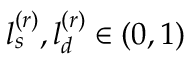
l _ { s } ^ { ( r ) } , l _ { d } ^ { ( r ) } \in ( 0 , 1 )